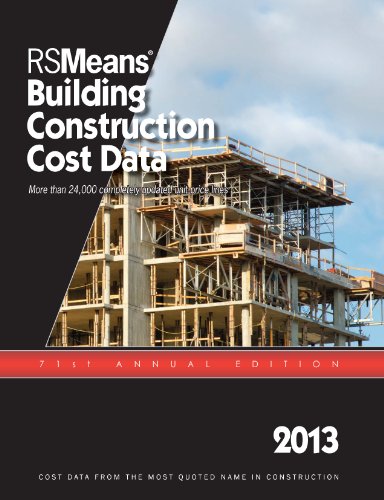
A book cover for RSMeans Building Construction Cost Data 2013; Waier Phillip; Arts & Photography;